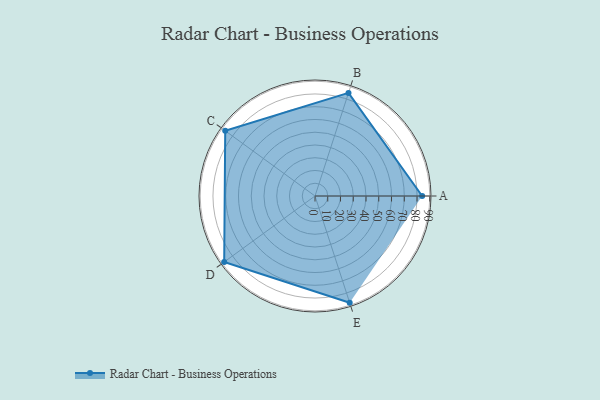
{"axis": {"x": "Skill", "y": "Score"}, "legend": ["Profile"], "data": [{"x": "A", "y": 84.0, "type": "Profile"}, {"x": "B", "y": 85.0, "type": "Profile"}, {"x": "C", "y": 87.0, "type": "Profile"}, {"x": "D", "y": 88.0, "type": "Profile"}, {"x": "E", "y": 88.0, "type": "Profile"}]}